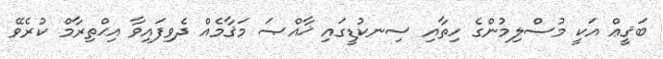
ބަޤީޢް އަކީ މުސްލިމުންގެ ހިތާއި ސިނކުޑީގައި ޚާއްޞަ މަޤާމެއް ދެވިފައިވާ އިޙްތިރާމް ކުރެވޭ